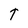
Character: T